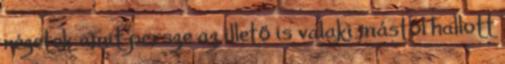
nézetek amit persze az illető is valaki mástól hallott